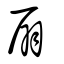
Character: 扇